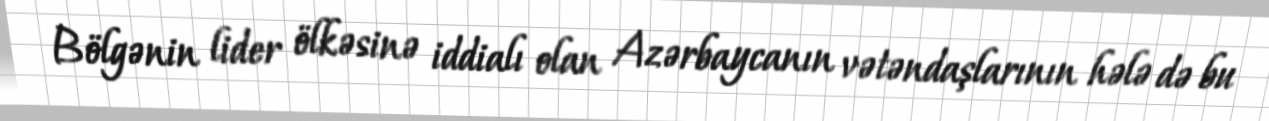
Bölgənin lider ölkəsinə iddialı olan Azərbaycanın vətəndaşlarının hələ də bu